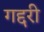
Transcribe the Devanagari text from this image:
गद्दरी